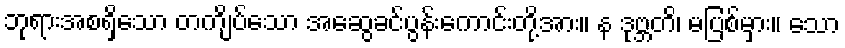
ဘုရားအစရှိသော တကျိပ်သော အဆွေခင်ပွန်းကောင်းတို့အား။ န ဒုဗ္ဘတိ၊ မပြစ်မှား။ သော